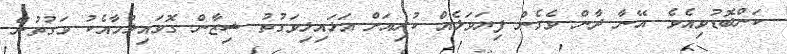
ކަންބޮޑުވިއެވެ. އޭނާ ދާން ވެގެން ފިޔަވަޅެއް ކުރިއަށް އަޅައިލިވަގުތު ޝިޒާން ގޮވައިލުމާއެކު ވަގުތުން